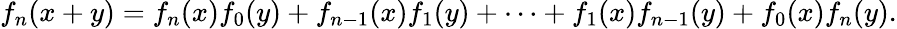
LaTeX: f_{n}(x+y)=f_{n}(x)f_{0}(y)+f_{n-1}(x)f_{1}(y)+\cdots+f_{1}(x)f_{n-1}(y)+f_{0}(x)f_{n}(y).